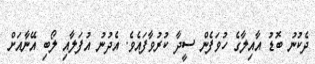
ދެކުނު ބޮޑު އާއިލާގެ ހުވަފެން ސީދާ ކުރުވާފައެވެ. އެދުނު އުފަލާއި ލޯބި އޭނާއަށް